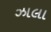
ઝાલા